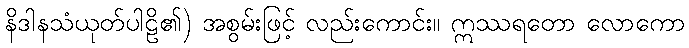
နိဒါနသံယုတ်ပါဠိ၏) အစွမ်းဖြင့် လည်းကောင်း။ ဣဿရတော လောကော